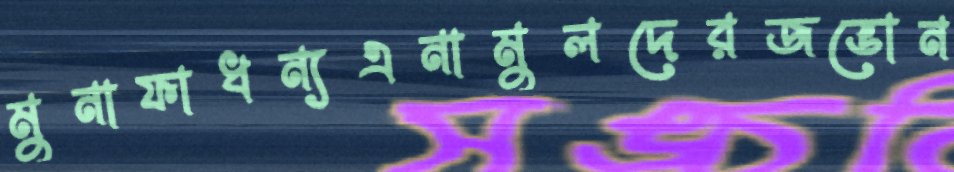
মুনাফাধন্যএনামুলদেরজভোন